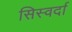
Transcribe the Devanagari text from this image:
सिस्वर्दा